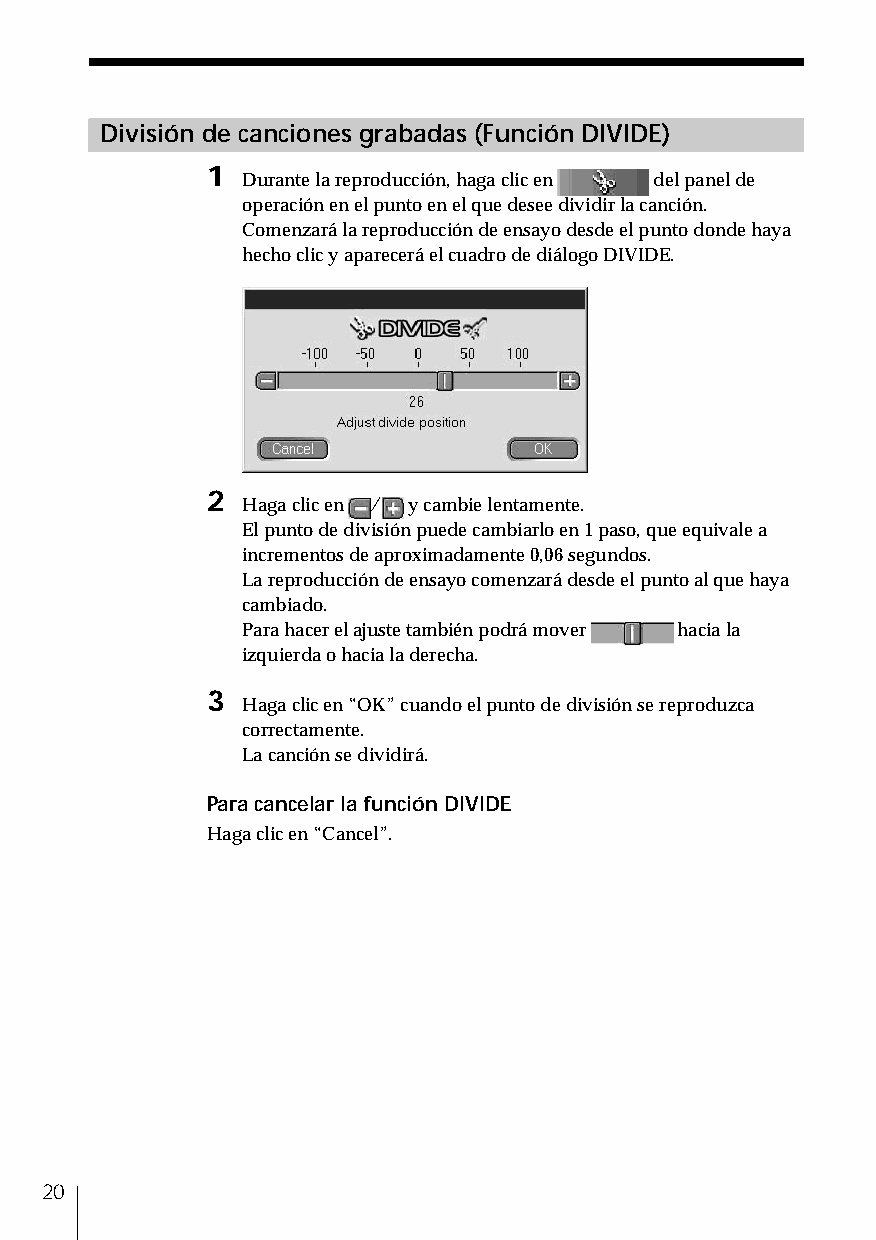
División de canciones grabadas (Función DIVIDE)
 1
 Durante la reproducción, haga clic en del panel de
 operación en el punto en el que desee dividir la canción.
 Comenzará la reproducción de ensayo desde el punto donde haya
 hecho clic y aparecerá el cuadro de diálogo DIVIDE.
 2
 Haga clic en / y cambie lentamente.
 El punto de división puede cambiarlo en 1 paso, que equivale a
 incrementos de aproximadamente 0,06 segundos.
 La reproducción de ensayo comenzará desde el punto al que haya
 cambiado.
 Para hacer el ajuste también podrá mover hacia la
 izquierda o hacia la derecha.
 3
 Haga clic en “OK” cuando el punto de división se reproduzca
 correctamente.
 La canción se dividirá.
 Para cancelar la función DIVIDE
 Haga clic en “Cancel”.
 20